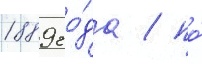
1889 го́да / по́